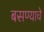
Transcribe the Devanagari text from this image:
बसण्याचे